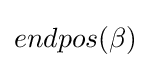
endpos(\beta )